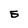
Character: E